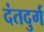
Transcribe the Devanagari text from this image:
दंतदुर्ग